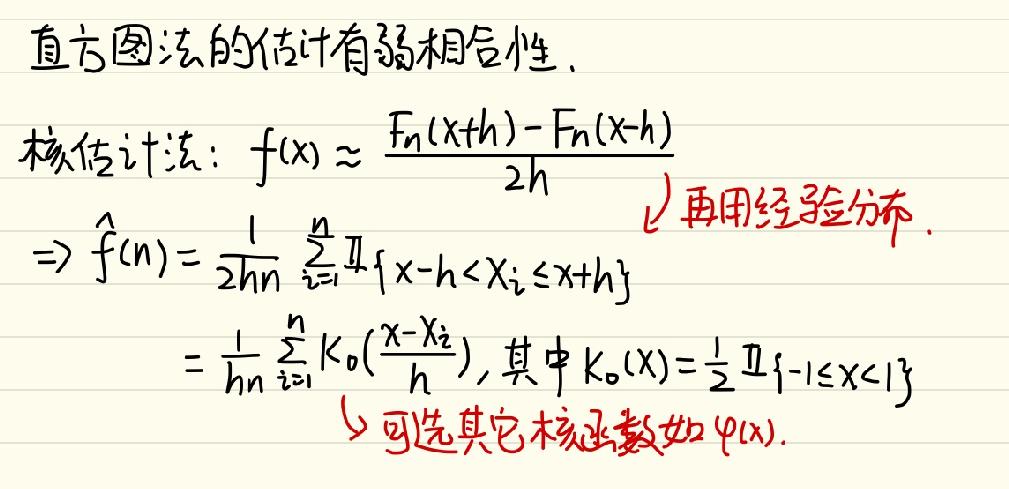
直方图法的估计有弱相合性.

核估计法：$f(x)\approx\frac{F_n(x + h)-F_n(x - h)}{2h}$
再用经验分布
$\Rightarrow\hat{f}(n)=\frac{1}{2hn}\sum_{i = 1}^{n}\mathbb{I}\{x - h<X_i\leq x + h\}$

$=\frac{1}{hn}\sum_{i = 1}^{n}K_0(\frac{x - X_i}{h})$, 其中$K_0(x)=\frac{1}{2}\mathbb{I}\{-1\leq x<1\}$

可选其它核函数如$\varphi(x)$.